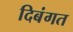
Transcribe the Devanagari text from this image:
दिबंगत